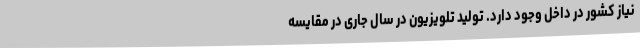
نیاز کشور در داخل وجود دارد. تولید تلویزیون در سال جاری در مقایسه